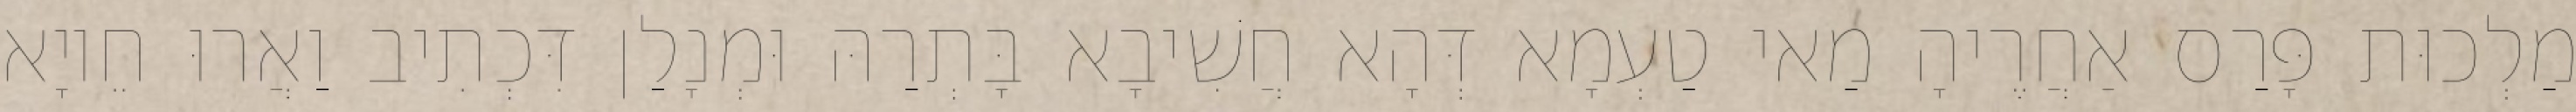
מַלְכוּת פָּרַס אַחֲרֶיהָ מַאי טַעְמָא דְּהָא חֲשִׁיבָא בָּתְרַהּ וּמְנָלַן דִּכְתִיב וַאֲרוּ חֵיוָא